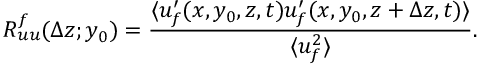
R _ { u u } ^ { f } ( \Delta z ; y _ { 0 } ) = \frac { \langle { u _ { f } ^ { \prime } ( x , y _ { 0 } , z , t ) u _ { f } ^ { \prime } ( x , y _ { 0 } , z + \Delta z , t ) } \rangle } { \langle { u _ { f } ^ { 2 } } \rangle } .